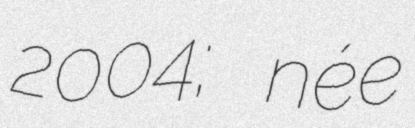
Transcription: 2004; née